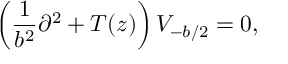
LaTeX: \left( \frac { 1 } { b ^ { 2 } } \partial ^ { 2 } + T ( z ) \right) V _ { - b / 2 } = 0 , \nonumber